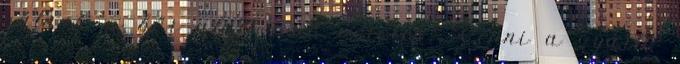
válnak a bőr alatt lévő vérerek. Venni a gyártó